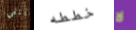
ينفي خططه لا